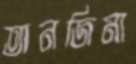
তানজিমা